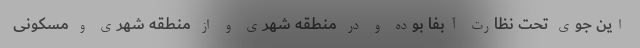
این جوی تحت نظارت آبفا بوده و در منطقه شهری و از منطقه شهری و مسکونی